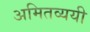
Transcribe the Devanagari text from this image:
अमितव्ययी